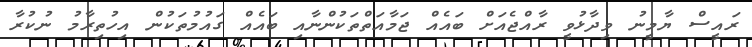
ރައީސް ޔާމީނު ވިދާޅުވީ ރާއްޖެއަށް ބައެއް ޖަމާއަތްތަކުންނާއި ބައެއް ގައުމުތަކުން އިހުތިރާމު ނުކުރާ